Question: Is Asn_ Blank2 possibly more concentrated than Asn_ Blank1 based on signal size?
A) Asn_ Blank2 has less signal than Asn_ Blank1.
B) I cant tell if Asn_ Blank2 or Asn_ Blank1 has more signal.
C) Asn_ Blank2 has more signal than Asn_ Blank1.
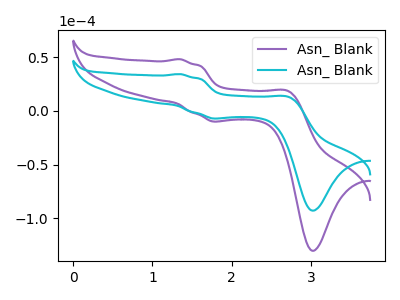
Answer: <think>The purple curve "Asn_ Blank1" has anodic peaks at (1.35V, 48.30uA) (2.75V, 18.05uA) and cathodic peaks at (1.85V, -9.80uA) (3.05V, -130.30uA). The cyan curve "Asn_ Blank2" has anodic peaks at (1.35V, 34.40uA) (2.75V, 12.85uA) and cathodic peaks at (1.85V, -7.00uA) (3.05V, -92.85uA).
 All the peaks in "Asn_ Blank2" have a peak in "Asn_ Blank1" at the same potential. Every peak in "Asn_ Blank2" is lower than every peak in "Asn_ Blank1".</think>
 <answer>A) "Asn_ Blank2" has less signal than "Asn_ Blank1".</answer>
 <eval>A</eval>